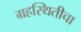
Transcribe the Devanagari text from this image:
ग्रहस्थितीचा